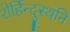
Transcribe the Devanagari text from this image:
शेर्हिन्दुस्थनि